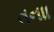
તનાા